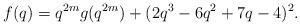
LaTeX: \begin{align*}f(q)=q^{2m}g(q^{2m})+(2q^3-6q^2+7q-4)^2.\end{align*}